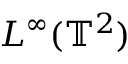
L ^ { \infty } ( \mathbb { T } ^ { 2 } )